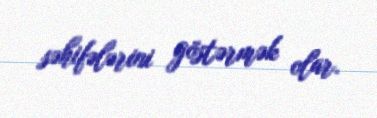
səhifələrini göstərmək olar.